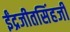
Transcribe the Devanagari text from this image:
ईंद्रजीतसिंहजी